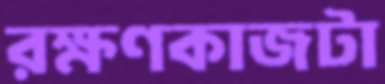
রক্ষণকাজটা